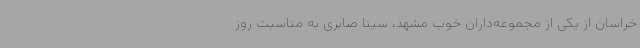
خراسان از یکی از مجموعه‌داران خوب مشهد، سینا صابری به مناسبت روز